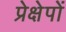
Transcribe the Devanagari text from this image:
प्रेक्षेपों